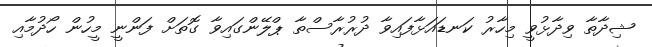
ޝިދާތާ ވިދާޅުވީ މިހާރު ކަނޑައަޅާފައިވާ ދުރުރާސްތާ ޕްލޭންގައިވާ ގޮތަށް ފަންނީ މީހުން ހޯދުމާއި